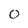
Character: 0